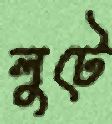
লুটে